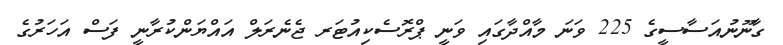
ގާނޫނުއަސާސީގެ 225 ވަނަ މާއްދާގައި ވަނީ ޕްރޮސެކިއުޓަރ ޖެނެރަލް އައްޔަންކުރާނީ ފަސް އަހަރުގެ